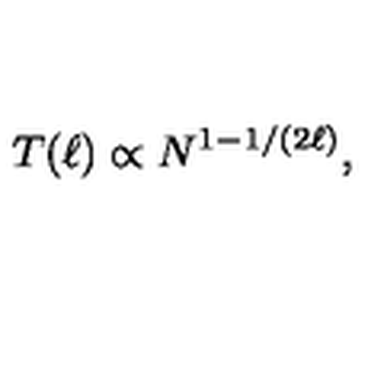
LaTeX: T ( \ell ) \propto N ^ { 1 - 1 / ( 2 \ell ) } ,